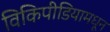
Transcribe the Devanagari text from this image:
विकिपीडियामधून